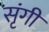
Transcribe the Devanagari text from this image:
सृंगी